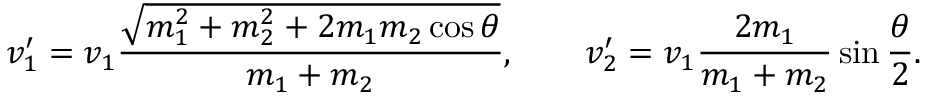
v _ { 1 } ^ { \prime } = v _ { 1 } { \frac { \sqrt { m _ { 1 } ^ { 2 } + m _ { 2 } ^ { 2 } + 2 m _ { 1 } m _ { 2 } \cos \theta } } { m _ { 1 } + m _ { 2 } } } , \qquad v _ { 2 } ^ { \prime } = v _ { 1 } { \frac { 2 m _ { 1 } } { m _ { 1 } + m _ { 2 } } } \sin { \frac { \theta } { 2 } } .